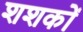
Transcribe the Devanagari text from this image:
शशकों